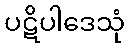
ပဋိပါဒေသုံ